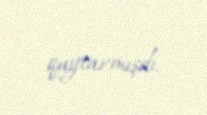
qaytarmışdı.